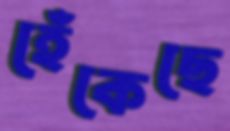
হেঁকেছে